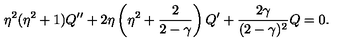
\eta ^ { 2 } ( \eta ^ { 2 } + 1 ) Q ^ { \prime \prime } + 2 \eta \left( \eta ^ { 2 } + { \frac { 2 } { 2 - \gamma } } \right) Q ^ { \prime } + { \frac { 2 \gamma } { ( 2 - \gamma ) ^ { 2 } } } Q = 0 .